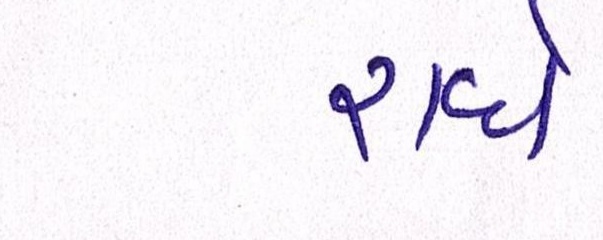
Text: રાધે